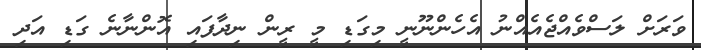
ވަރަށް ލަސްވެއްޖެއެއްނު އެހެންނޫނީ މިގަޑި މީ ރީން ނިދާފައި އޮންނާނެ ގަޑި އަދި